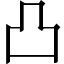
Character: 凸